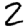
Digit: 2